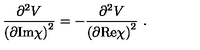
\frac { \partial ^ { 2 } V } { \left( \partial \mathrm { I m } \chi \right) ^ { 2 } } = - \frac { \partial ^ { 2 } V } { \left( \partial \mathrm { R e } \chi \right) ^ { 2 } } \ .